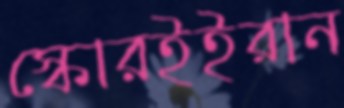
স্কোরইইরান